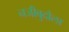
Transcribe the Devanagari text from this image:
नजीबुदौला